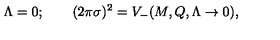
\Lambda = 0 ; \qquad ( 2 \pi \sigma ) ^ { 2 } = V _ { - } ( M , Q , \Lambda \to 0 ) ,